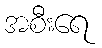
အစီးရေ